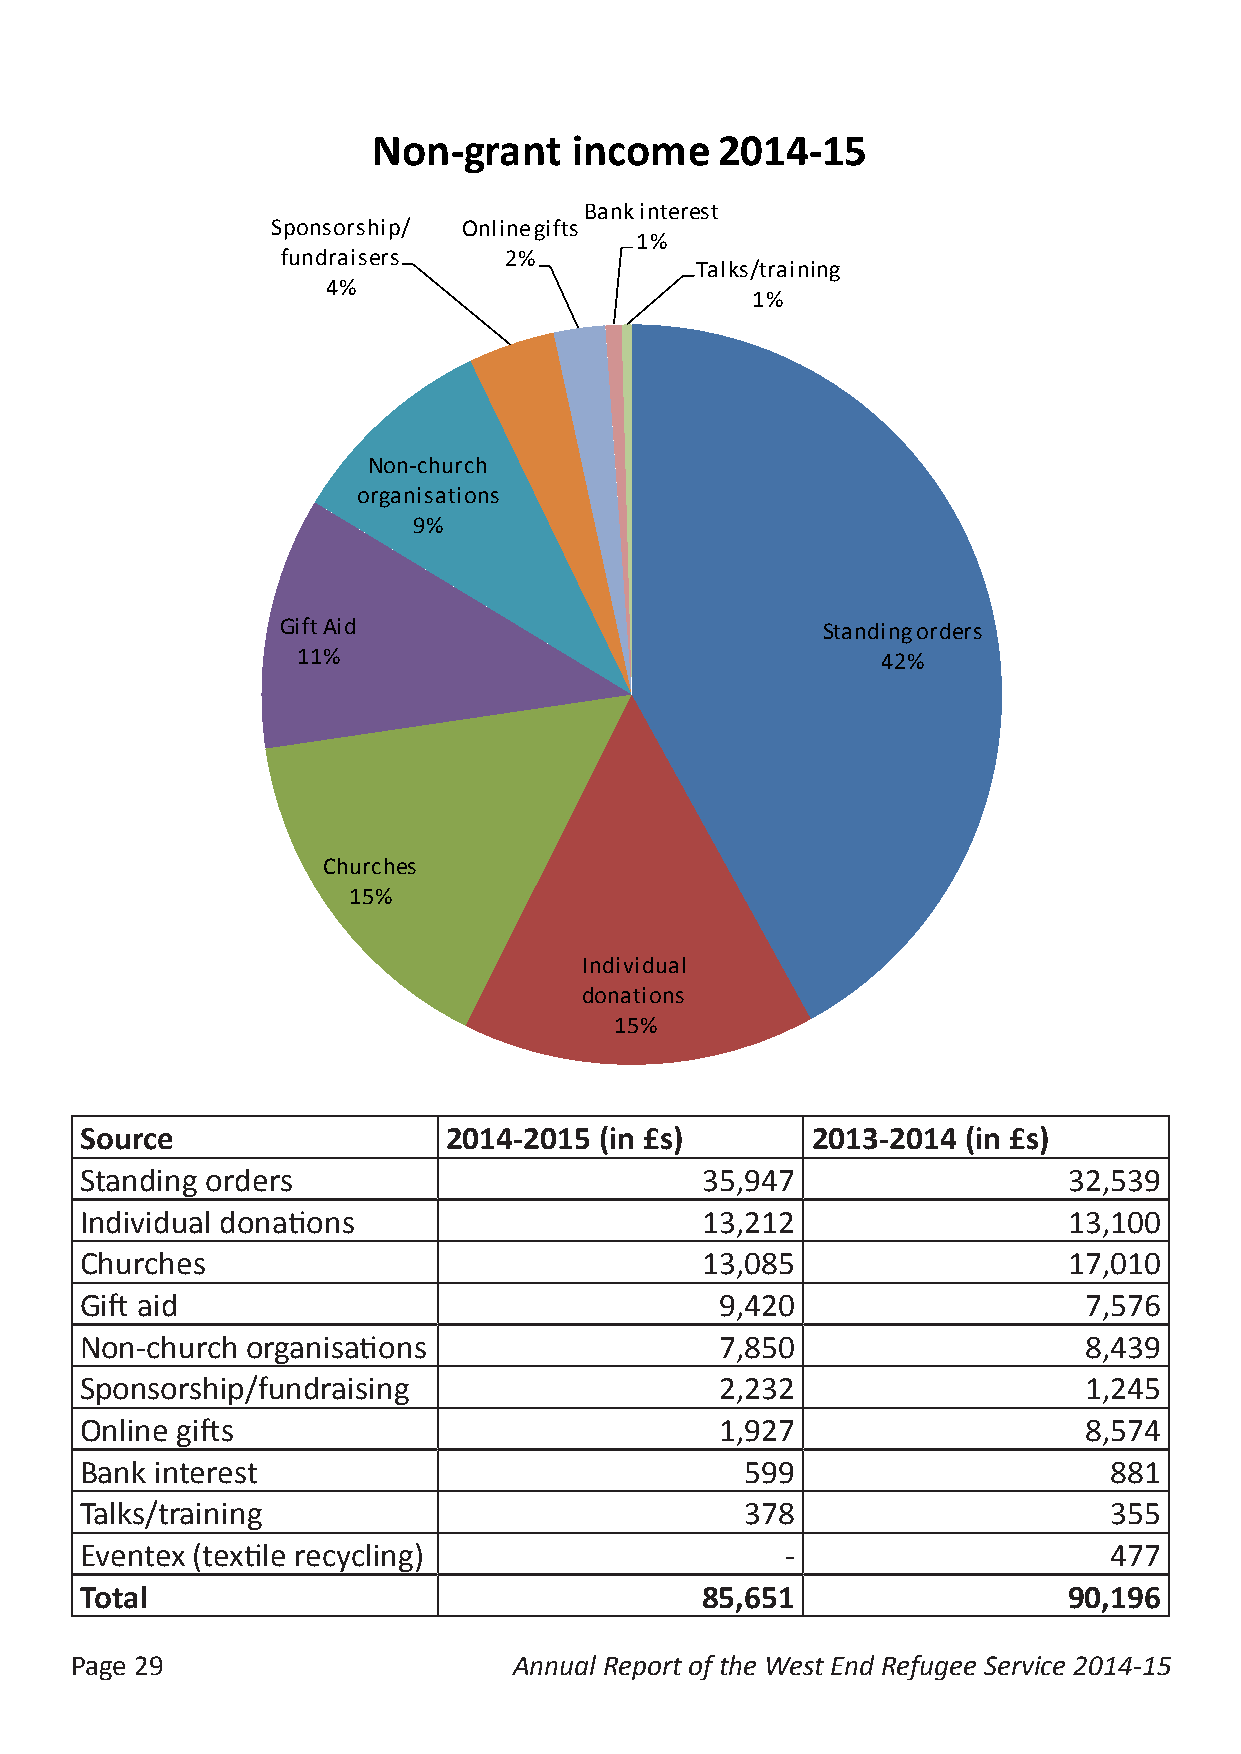
Non-grant    income    2014-15
 Bank interest
 Sponsorship/ Online gifts
 1%
 fundraisers   2%
 Talks/training
 4%
 1%
 Non-church
 organisations
 9%
 Gift Aid                           Standing orders
 11%                                   42%
 Churches
 15%
 Individual
 donations
 15%
 Source                   2014-2015 (in £s)       2013-2014 (in £s)
 Standing orders                          35,947                   32,539
 Individual donations                     13,212                   13,100
 Churches                                 13,085                   17,010
 Gift aid                                   9,420                   7,576
 Non-church organisations                   7,850                   8,439
 Sponsorship/fundraising                    2,232                   1,245
 Online gifts                               1,927                   8,574
 Bank interest                               599                     881
 Talks/training                              378                     355
 Eventex (textile recycling)                    -                    477
 Total                                    85,651                   90,196
 Page 29                      Annual Report of the West End Refugee Service 2014-15